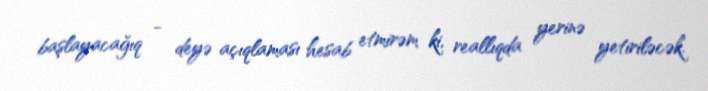
başlayacağıq - deyə açıqlaması hesab etmirəm ki, reallıqda yerinə yetiriləcək.